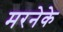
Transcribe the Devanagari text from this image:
मरनेके